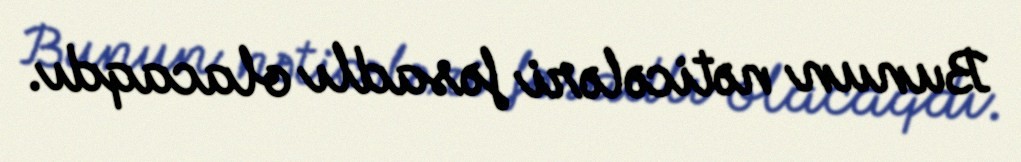
Bunun nəticələri fəsadlı olacaqdı.